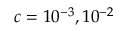
c = 1 0 ^ { - 3 } , 1 0 ^ { - 2 }